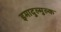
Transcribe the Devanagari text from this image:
इमादुल्मुल्क